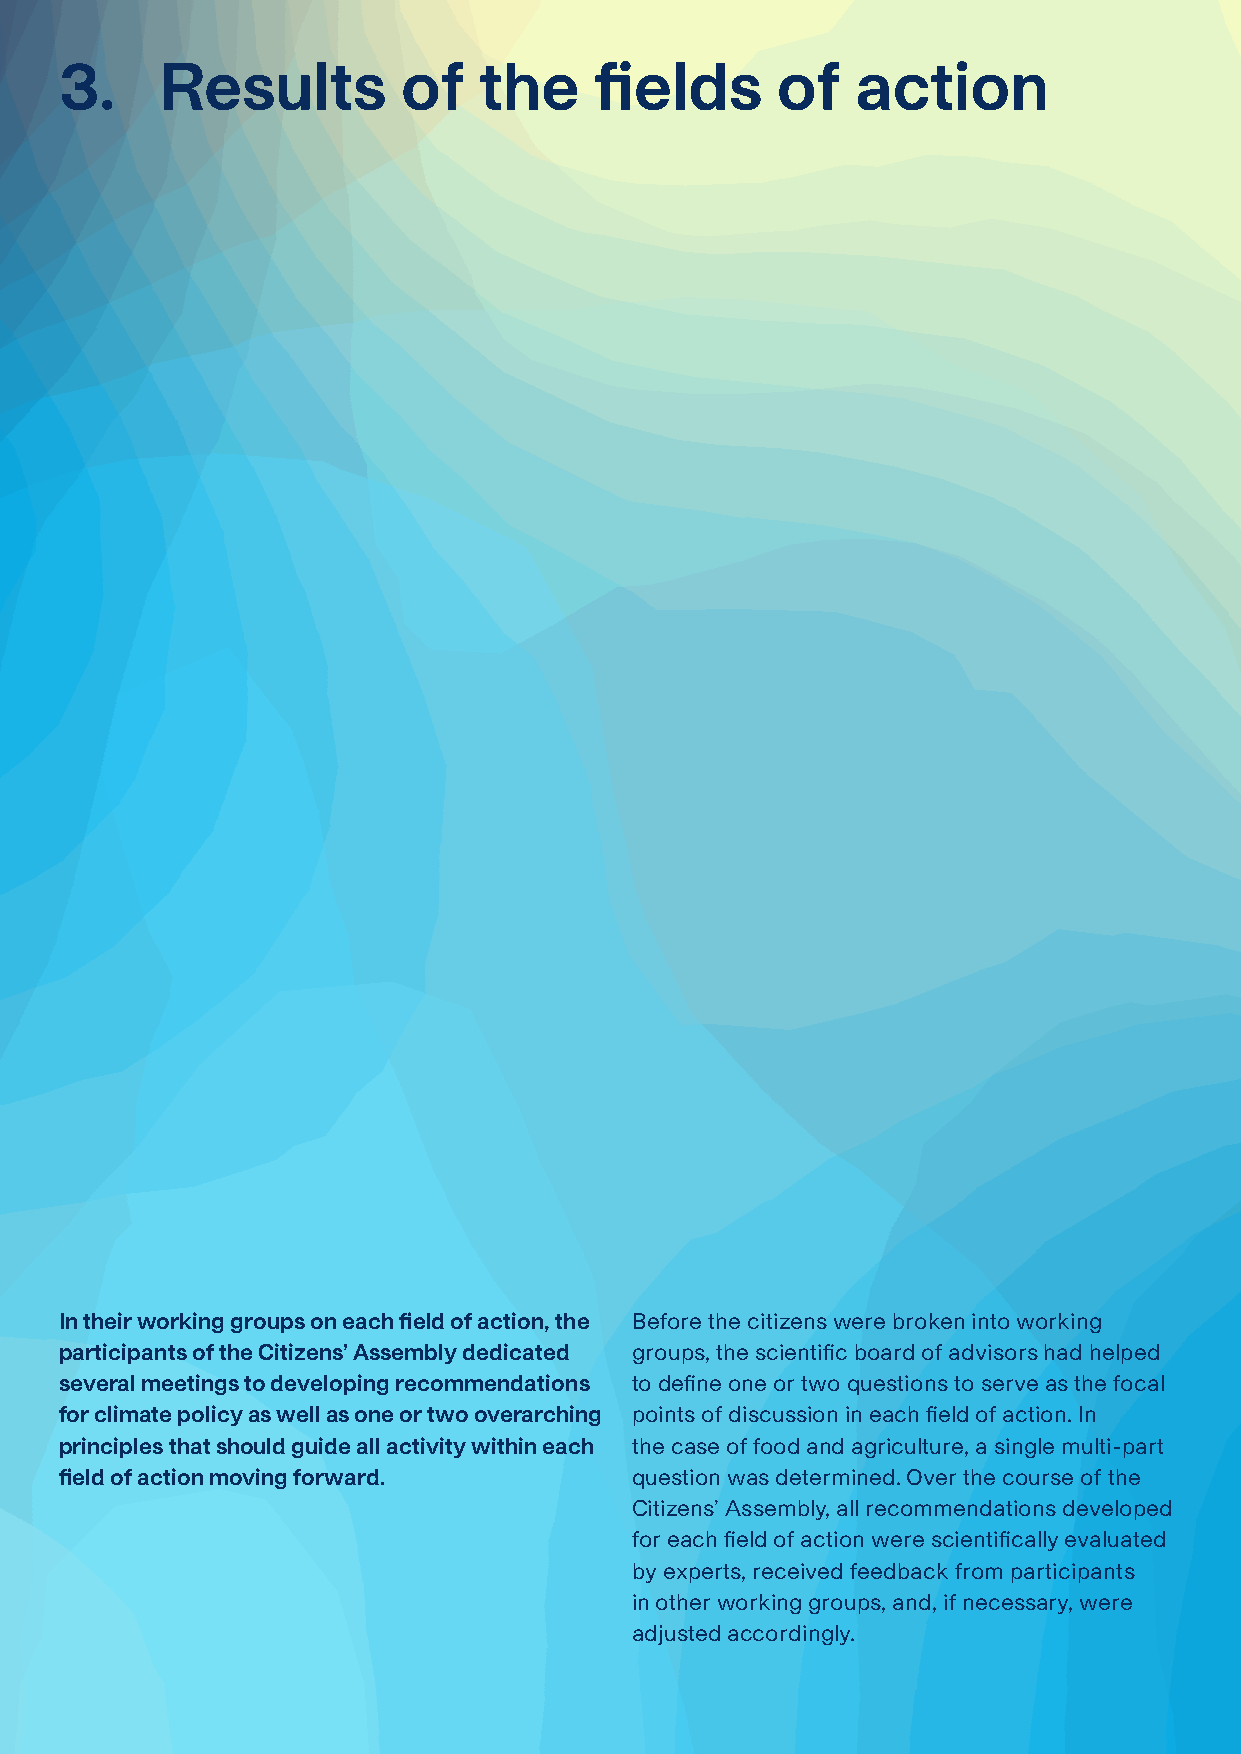
3.     R  esults       of   the    fields      of    action
 In their working groups on each field of action, the Before the citizens were broken into working
 participants of the Citizens’ Assembly dedicated groups, the scientific board of advisors had helped
 several meetings to developing recommendations to define one or two questions to serve as the focal
 for climate policy as well as one or two overarching points of discussion in each field of action. In
 principles that should guide all activity within each the case of food and agriculture, a single multi-part
 field of action moving forward.       question was determined. Over the course of the
 Citizens’ Assembly, all recommendations developed
 for each field of action were scientifically evaluated
 by experts, received feedback from participants
 in other working groups, and, if necessary, were
 adjusted accordingly.